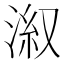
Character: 𣷕